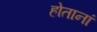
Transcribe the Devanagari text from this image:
होतानां